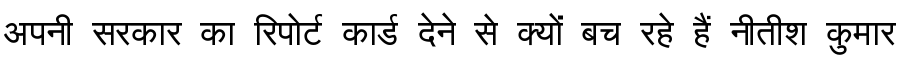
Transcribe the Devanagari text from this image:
अपनी सरकार का रिपोर्ट कार्ड देने से क्यों बच रहे हैं नीतीश कुमार